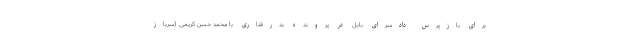
برای بازپرس دادسرای بابل در پرونده بدرفتاری با محمد حسن کریمی (سرباز